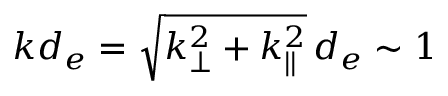
k d _ { e } = \sqrt { k _ { \perp } ^ { 2 } + k _ { | | } ^ { 2 } } \, d _ { e } \sim 1